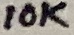
Text: 10K